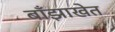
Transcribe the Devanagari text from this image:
बाँझाखेत